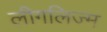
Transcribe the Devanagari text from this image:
लीगलिज्म